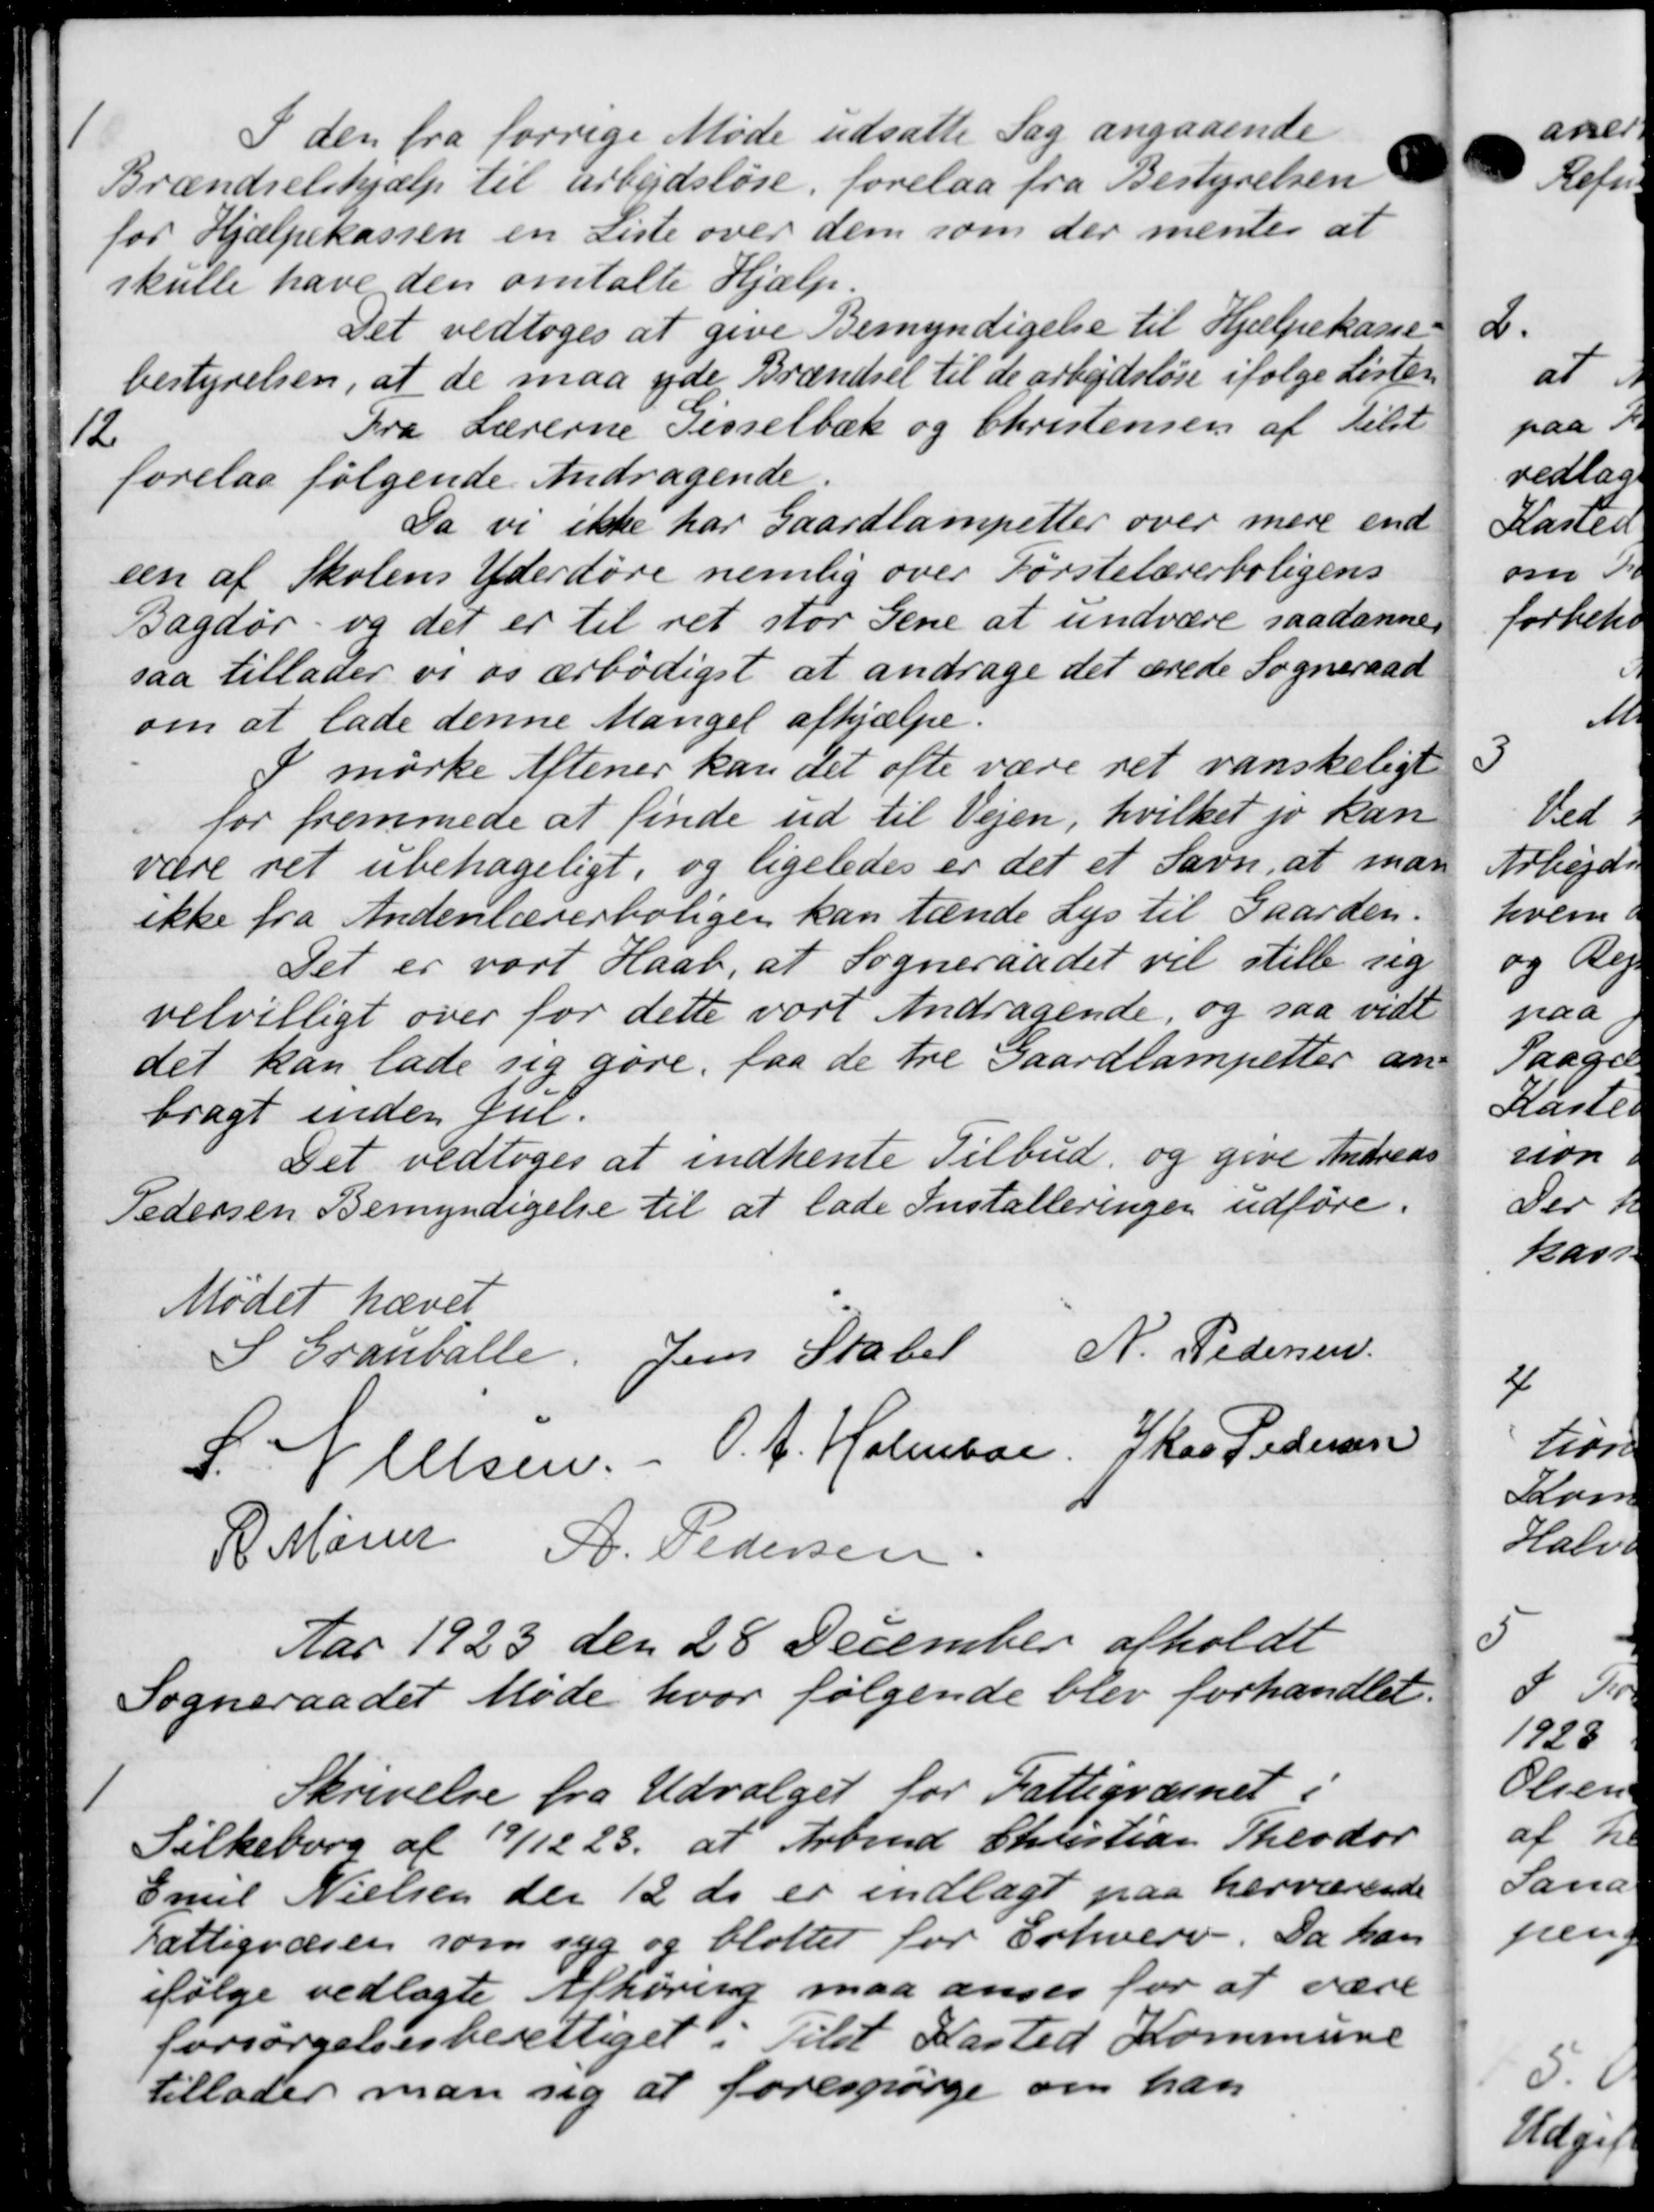
Transskription:
1
I den fra forrige Møde udsatte Sag angaaende
Brændselshjælp til arbejdsløse, forelaa fra Bestyrelsen
for Hjælpekassen en Liste over dem som der mentes at
skulle have den omtalte Hjælp.
Det vedtoges at give Bemyndigelse til Hjælpekasse-
bestyrelsen, at de maa yde Brændsel til de arbejdsløse ifølge Lister
12
Fra Lærerne Gisselbæk og Christensen af Tilst
forelaa følgende Andragende.
Da vi ikke har gaardlampetter over mere end
een af Skolens Yderdøre nemlig over Førstelærerboligens
Bagdør og det er til ret stor Gene at undvære saadanne
saa tillader vi os ærbødigst at andrage det ærede Sogneraad
om at lade denne Mangel afhjælpe.
mørke Aftener kan det ofte være ret vanskeligt
for fremmede at finde ud til Vejen, hvilket jo kan
være ret ubehageligt, og ligeledes er det et savn, at man
ikke fra Andenlærerboliger kan tænde Lys til Gaarden.
Det er vart Haab, at Sogneraadet vil stille sig
velvilligt over for dette vort Andragende, og saa vidt
det kan lade sig gøre faa de tre Gaardlampetter an
bragt inden Jul.
Det vedtoges at indhente Tilbud og give Andreas
Pedersen Bemyndigelse til at lade Installeringen udføre.
Mødet hævet
S Grauballe. Jens Stabel N. Pedersen
S. Nielsen. - O. J. Holmboe, Skar Pedersen
R Maren A. Pedersen
Aar 1923 den 28 December afholdt
Sogneraadet Møde hvor følgende blev forhandlet.
1
Skrivelse fra Udvalget for Fattigvæsnet.
Silkeborg af 19/12 23, at Arbmd Christian Theodor
Emil Nielsen der 12 ds er indlagt paa herværende
Fattigvæsen som syg og blotter for Erhverv. Da han
ifølge vedlagte Afhøring maa anses for at være
forsørgelsesberettiget Tilst Kasted Kommune
tillader man sig at forespørge om han